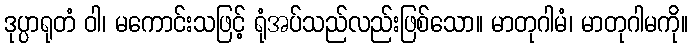
ဒုပ္ပာရုတံ ဝါ၊ မကောင်းသဖြင့် ရုံအပ်သည်လည်းဖြစ်သော။ မာတုဂါမံ၊ မာတုဂါမကို။